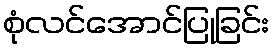
စုံလင်အောင်ပြုခြင်း